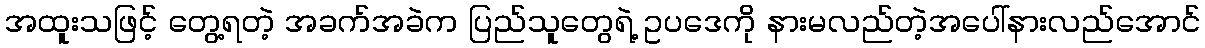
အထူးသဖြင့် တွေ့ရတဲ့ အခက်အခဲက ပြည်သူတွေရဲ့ ဥပဒေကို နားမလည်တဲ့အပေါ်နားလည်အောင်